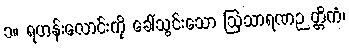
၁။ ရဟန်းလောင်းကို ခေါ်သွင်းသော ဩသာရဏဉတ္တိကံ၊